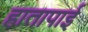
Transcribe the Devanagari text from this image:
हातापाई